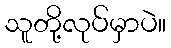
သူတို့လုပ်မှာပဲ။